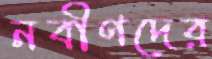
নবীণদের